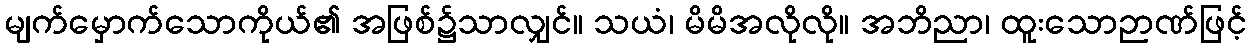
မျက်မှောက်သောကိုယ်၏ အဖြစ်၌သာလျှင်။ သယံ၊ မိမိအလိုလို။ အဘိညာ၊ ထူးသောဉာဏ်ဖြင့်